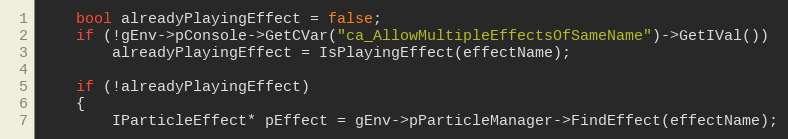
Language: C++
	bool alreadyPlayingEffect = false;
	if (!gEnv->pConsole->GetCVar("ca_AllowMultipleEffectsOfSameName")->GetIVal())
		alreadyPlayingEffect = IsPlayingEffect(effectName);

	if (!alreadyPlayingEffect)
	{
		IParticleEffect* pEffect = gEnv->pParticleManager->FindEffect(effectName);